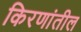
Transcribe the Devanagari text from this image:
किरणांतील